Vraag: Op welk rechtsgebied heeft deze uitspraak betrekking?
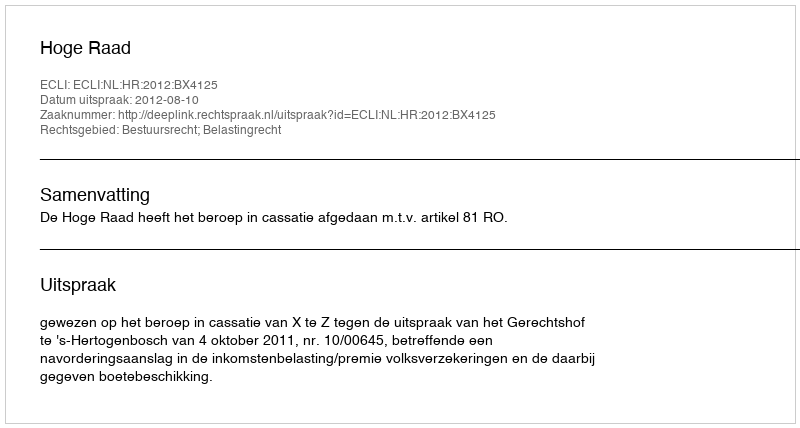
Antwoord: Bestuursrecht; Belastingrecht